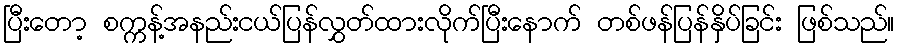
ပြီးတော့ စက္ကန့်အနည်းငယ်ပြန်လွှတ်ထားလိုက်ပြီးနောက် တစ်ဖန်ပြန်နှိပ်ခြင်း ဖြစ်သည်။